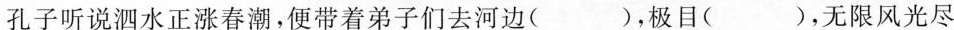
孔子听说泗水正涨春潮，便带着弟子们去河边()，极目()，无限风光尽